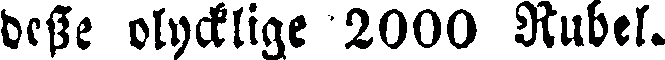
desse olycklige 2000 Rubel.